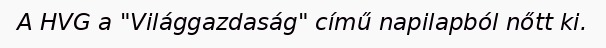
A HVG a "Világgazdaság" című napilapból nőtt ki.